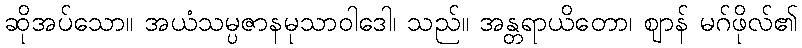
ဆိုအပ်သော။ အယံသမ္ပဇာနမုသာဝါဒေါ၊ သည်။ အန္တရာယိတော၊ ဈာန် မဂ်ဖိုလ်၏